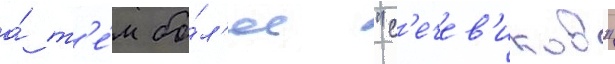
а́ т'е́м бо́л'ее "с'ечев'иков"